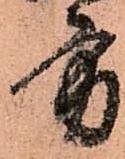
方